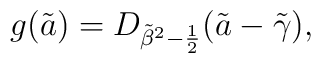
g(\tilde a) = D_{ {\tilde \beta}^2 - {1\over 2}}(\tilde a - \tilde \gamma),